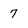
Character: 7